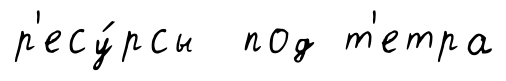
р'есу́рсы под т'етра